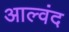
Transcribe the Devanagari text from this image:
आल्वंद